Vaccination in Bombay 1902-1912 - 1902-1912
Year: 1902
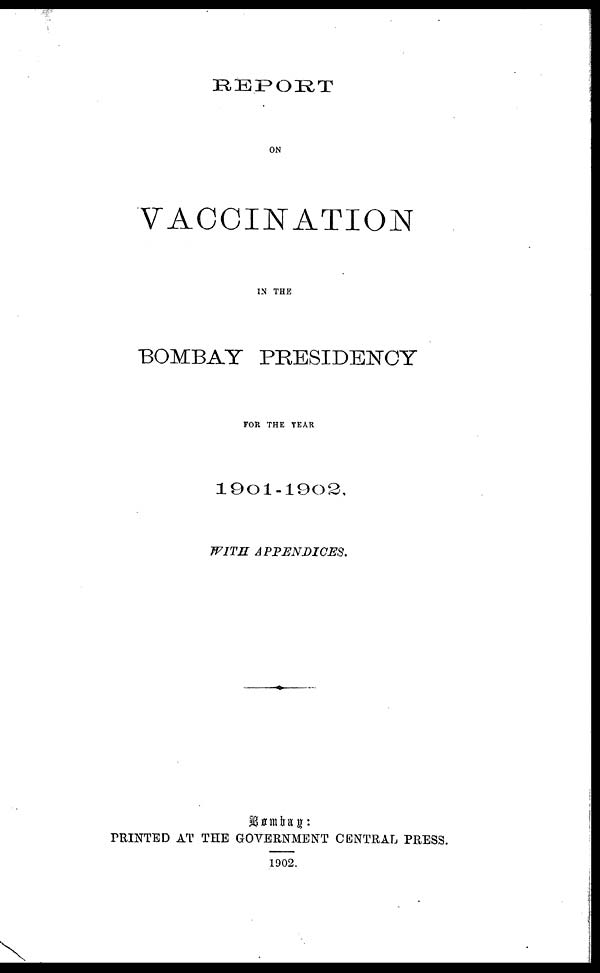
REPORT
ON
VACCINATION
IN THE
BOMBAY PRESIDENCY
FOR THE YEAR
1901-1902.
WITH
APPENDICES.
Bombay:
PRINTED AT THE GOVERNMENT CENTRAL PRESS.
1902.